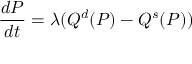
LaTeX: { \frac { d P } { d t } } = \lambda ( Q ^ { d } ( P ) - Q ^ { s } ( P ) )